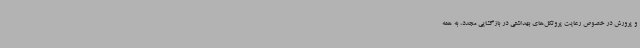
و پرورش در خصوص رعایت پروتکل‌های بهداشتی در بازگشایی مجدد، به همه